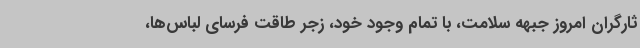
ثارگران امروز جبهه سلامت، با تمام وجود خود، زجر طاقت فرسای لباس‌ها،